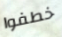
خطفوا